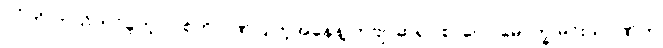
ပုဂံကို ကယ်တင်ခဲ့တဲ့ လုစ်ကို ဂုဏ်ပြုတဲ့အနေနဲ့ ကဗျာဆရာ စာပေပါမောက္ခ မင်းသုဝဏ်က